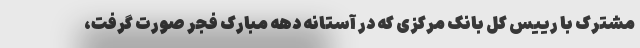
مشترک با رییس کل بانک مرکزی که در آستانه دهه مبارک فجر صورت گرفت،